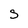
Character: s